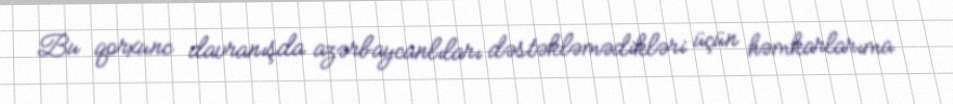
Bu qorxunc davranışda azərbaycanlıları dəstəkləmədikləri üçün həmkarlarıma